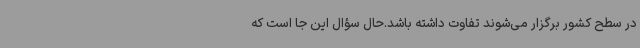
در سطح کشور برگزار می‌شوند تفاوت داشته باشد.حال سؤال این جا است که